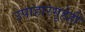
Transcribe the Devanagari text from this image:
उपाहारगृहेही